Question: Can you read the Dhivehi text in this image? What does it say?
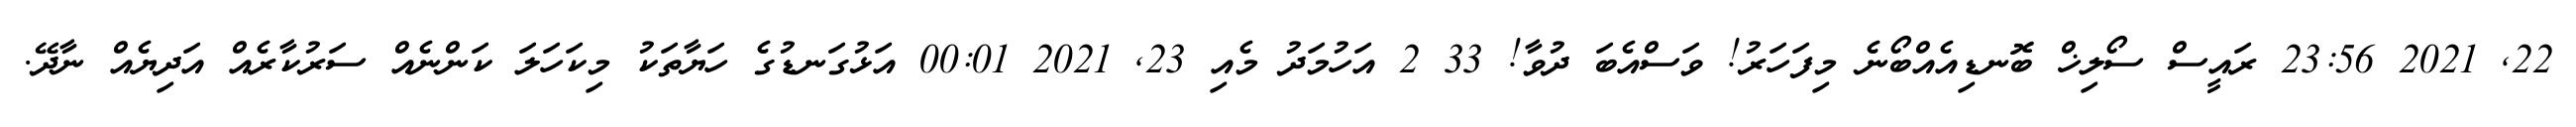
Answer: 22, 2021 23:56 ރައީސް ސޯލިޚް ބޮނޑިއެއްބޯނެ މިފަހަރު! ވަސްއެބަ ދުވާ! 33 2 އަހުމަދު މެއި 23, 2021 00:01 އަޅުގަނޑުގެ ހަޔާތަކު މިކަހަލަ ކަންނެއް ސަރުކާރެއް އަދިޔެއް ނާދޭ.